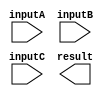
module TriplePrecisionFloatingPointUnit (
    input [63:0] inputA,
    input [63:0] inputB,
    input [63:0] inputC,
    output reg [63:0] result
);

// Adder block
reg [63:0] sum;
always @* begin
    sum = inputA + inputB + inputC;
end

// Subtractor block
reg [63:0] difference;
always @* begin
    difference = inputA - inputB - inputC;
end

// Multiplier block
reg [63:0] product;
always @* begin
    product = inputA * inputB * inputC;
end

// Divider block
reg [63:0] quotient;
always @* begin
    quotient = inputA / inputB / inputC;
end

// Error checking and rounding logic
// Include code for overflow detection, underflow detection, exception handling, special functions like square root and logarithm calculations

// Output selection based on instruction
// Include code for selecting the appropriate result based on the instruction

endmodule